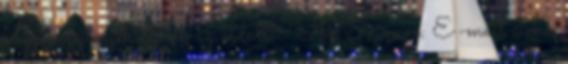
hogyan fejleszthetnénk az oldalt? Az Ön neve: E-mail címe: